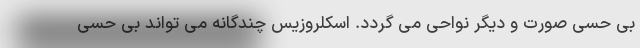
بی حسی صورت و دیگر نواحی می گردد. اسکلروزیس چندگانه می تواند بی حسی